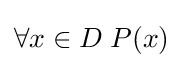
\forall x\in D\;P(x)